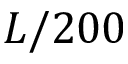
L / 2 0 0